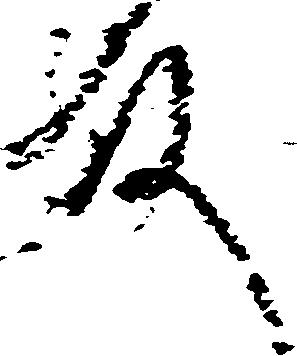
殿